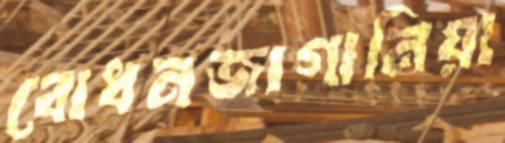
বোধনজাগানিয়া